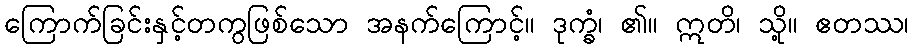
ကြောက်ခြင်းနှင့်တကွဖြစ်သော အနက်ကြောင့်။ ဒုက္ခံ၊ ၏။ ဣတိ၊ သို့။ ဧတဿ၊